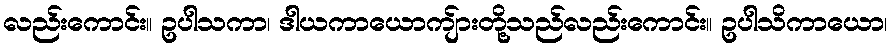
လည်းကောင်း။ ဥပါသကာ၊ ဒါယကာယောကျ်ားတို့သည်လည်းကောင်း။ ဥပါသိကာယော၊